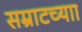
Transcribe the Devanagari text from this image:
सम्राटच्याा